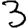
Digit: 3